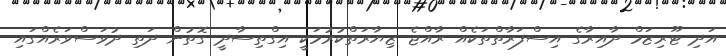
އަދި ޓޫރިޒަމް ދާއިރާގެ އިސްފަރާތްތަކެއް ރާއްޖެ ޒިޔާރަތްކުރުމަކީ އިގްތިސާދީ ގޮތުން ދަތި ދުވަސްވަރެއްގައި